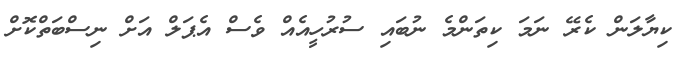
ކިޔާލަން ކެރޭ ނަމަ ކިތަންމެ ނުބައި ސުރުހީއެއް ވެސް އެޕަލް އަށް ނިސްބަތްކޮށް